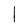
Character: l